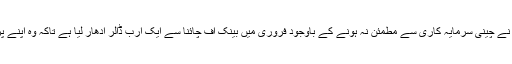
سری لنکا کی حکومت نے چینی سرمایہ کاری سے مطمئن نہ ہونے کے باوجود فروری میں بینک آف چائنا سے ایک ارب ڈالر ادھار لیا ہے تاکہ وہ اپنے پرانے قرض اتار سکے۔